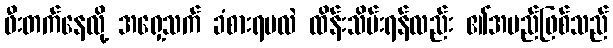
ဖီးတက်နေလို့ အရှေ့သက် ခံစားရမလဲ ထိန်းသိမ်းရန်လည်း ၏အမည်ဖြစ်သည်